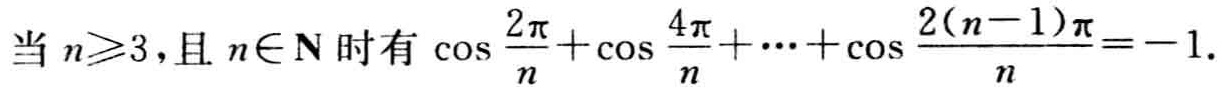
当 \(n\geqslant3\)，且 \(n\in \mathbf{N}\) 时有 \(\cos \frac{2\pi}{n}+\cos \frac{4\pi}{n}+\cdots+\cos \frac{2(n - 1)\pi}{n}=-1\).